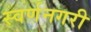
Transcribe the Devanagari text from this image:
स्‍वर्णनगरी